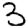
Digit: 3